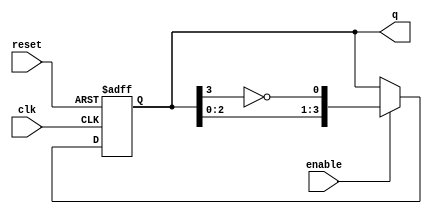
module johnson_counter (
    input wire clk,           // Clock input
    input wire reset,         // Asynchronous reset
    input wire enable,        // Enable signal
    output reg [3:0] q        // 4-bit output for the counter state
);

    // Johnson counter logic
    always @(posedge clk or posedge reset) begin
        if (reset) begin
            q <= 4'b0000;      // Reset the counter to 0
        end else if (enable) begin
            // Shift the current state and feed back the inverted last output
            q <= {q[2:0], ~q[3]};
        end
        // If enable is low, retain the current state
    end

endmodule